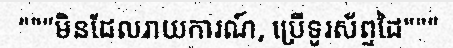
"""មិនដែលរាយការណ៍, ប្រើទូរស័ព្ទដៃ"""